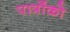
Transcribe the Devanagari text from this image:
पात्रोंको